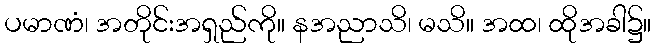
ပမာဏံ၊ အတိုင်းအရှည်ကို။ နအညာသိ၊ မသိ။ အထ၊ ထိုအခါ၌။